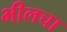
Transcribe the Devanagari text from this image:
भीलचा